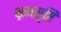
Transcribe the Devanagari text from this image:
भ्रमसृष्टि